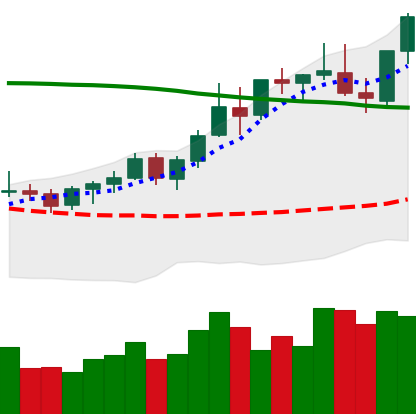
Ticker: BNB-USD
Chart end date: 2021-08-20
Forward return: 10.518%
Label: up_7plus